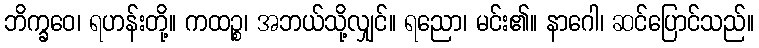
ဘိက္ခဝေ၊ ရဟန်းတို့။ ကထဉ္စ၊ အဘယ်သို့လျှင်။ ရညော၊ မင်း၏။ နာဂေါ၊ ဆင်ပြောင်သည်။